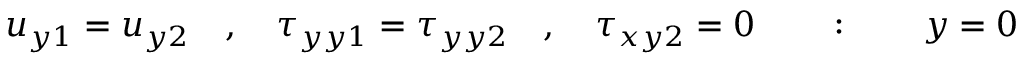
u _ { y 1 } = u _ { y 2 } \quad , \quad \tau _ { y y 1 } = \tau _ { y y 2 } \quad , \quad \tau _ { x y 2 } = 0 \quad \quad : \quad \quad y = 0